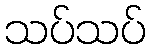
သပ်သပ်